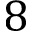
8